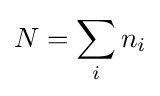
N=\sum _{i}n_{i}